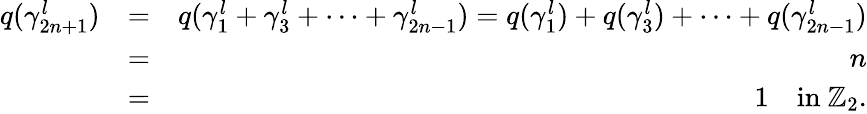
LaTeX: \begin{array}{rlr}{q(\gamma_{2n+1}^{l})}&{=}&{q(\gamma_{1}^{l}+\gamma_{3}^{l}+\cdots+\gamma_{2n-1}^{l})=q(\gamma_{1}^{l})+q(\gamma_{3}^{l})+\cdots+q(\gamma_{2n-1}^{l})}\\ &{=}&{n}\\ &{=}&{1\quad\mathrm{in~}\mathbb{Z}_{2}.}\end{array}